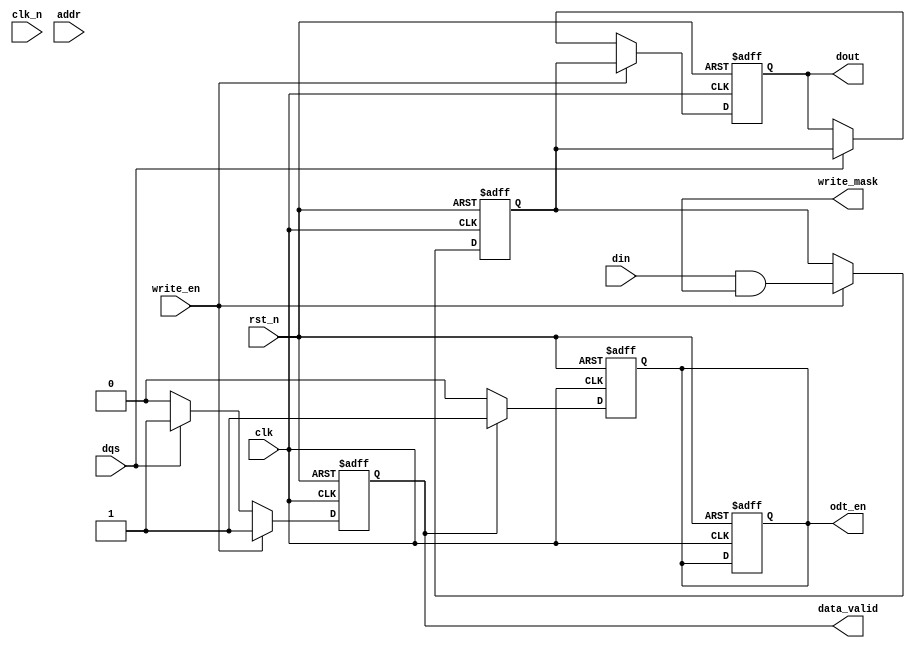
module ddr_sdram_io #(
    parameter DATA_WIDTH = 32,   // Configurable data bus width
    parameter ADDR_WIDTH = 12     // Configurable address width
)(
    input wire clk,               // System clock
    input wire clk_n,             // Inverted clock for differential signaling
    input wire rst_n,             // Active low reset
    input wire [DATA_WIDTH-1:0] din, // Data input from memory array
    input wire dqs,               // Data Strobe Signal
    input wire write_en,          // Write enable signal
    input wire [ADDR_WIDTH-1:0] addr, // Address bus
    output reg [DATA_WIDTH-1:0] dout, // Data output to external device
    output reg data_valid,        // Data valid signal
    output reg odt_en,            // On-die termination enable
    output reg [DATA_WIDTH-1:0] write_mask // Optional write mask
);
    reg [DATA_WIDTH-1:0] data_buffer; // Internal data buffer

    // Bidirectional data buffering for read and write operations
    always @(posedge clk or negedge rst_n) begin
        if (!rst_n) begin
            dout <= 0;
            data_buffer <= 0;
            data_valid <= 0;
            odt_en <= 0;
        end else begin
            if (write_en) begin
                // Write operation: capture incoming data
                data_buffer <= din & write_mask; // Apply write mask if necessary
                dout <= data_buffer; // Output the data
                data_valid <= 1; // Indicate valid data
            end else begin
                // Read operation: transfer data to dout on DQS signal
                if (dqs) begin
                    dout <= data_buffer; // Output the buffered data
                    data_valid <= 1; // Data valid
                end else begin
                    data_valid <= 0; // Clear data valid if not DQS
                end
            end
        end
    end

    // On-die termination logic (example placeholder)
    always @(posedge clk or negedge rst_n) begin
        if (!rst_n) begin
            odt_en <= 0; // Disable ODT on reset
        end else begin
            // Example condition to enable ODT
            if (data_valid) begin
                odt_en <= 1; // Enable ODT when data is valid
            end else begin
                odt_en <= 0; // Disable ODT otherwise
            end
        end
    end

endmodule